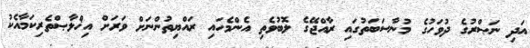
އަދި ނަޞްރުގެ ދުވަހުގެ މުނާސަބަތުގައި ރާއްޖޭގެ ލޮބުވެތި އެންމެހައި ރައްޔިތުންނަށް ވަރަށް އިޚްލާޞްތެރިކަމާއެކު